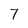
Character: 7